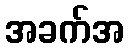
အခက်အ